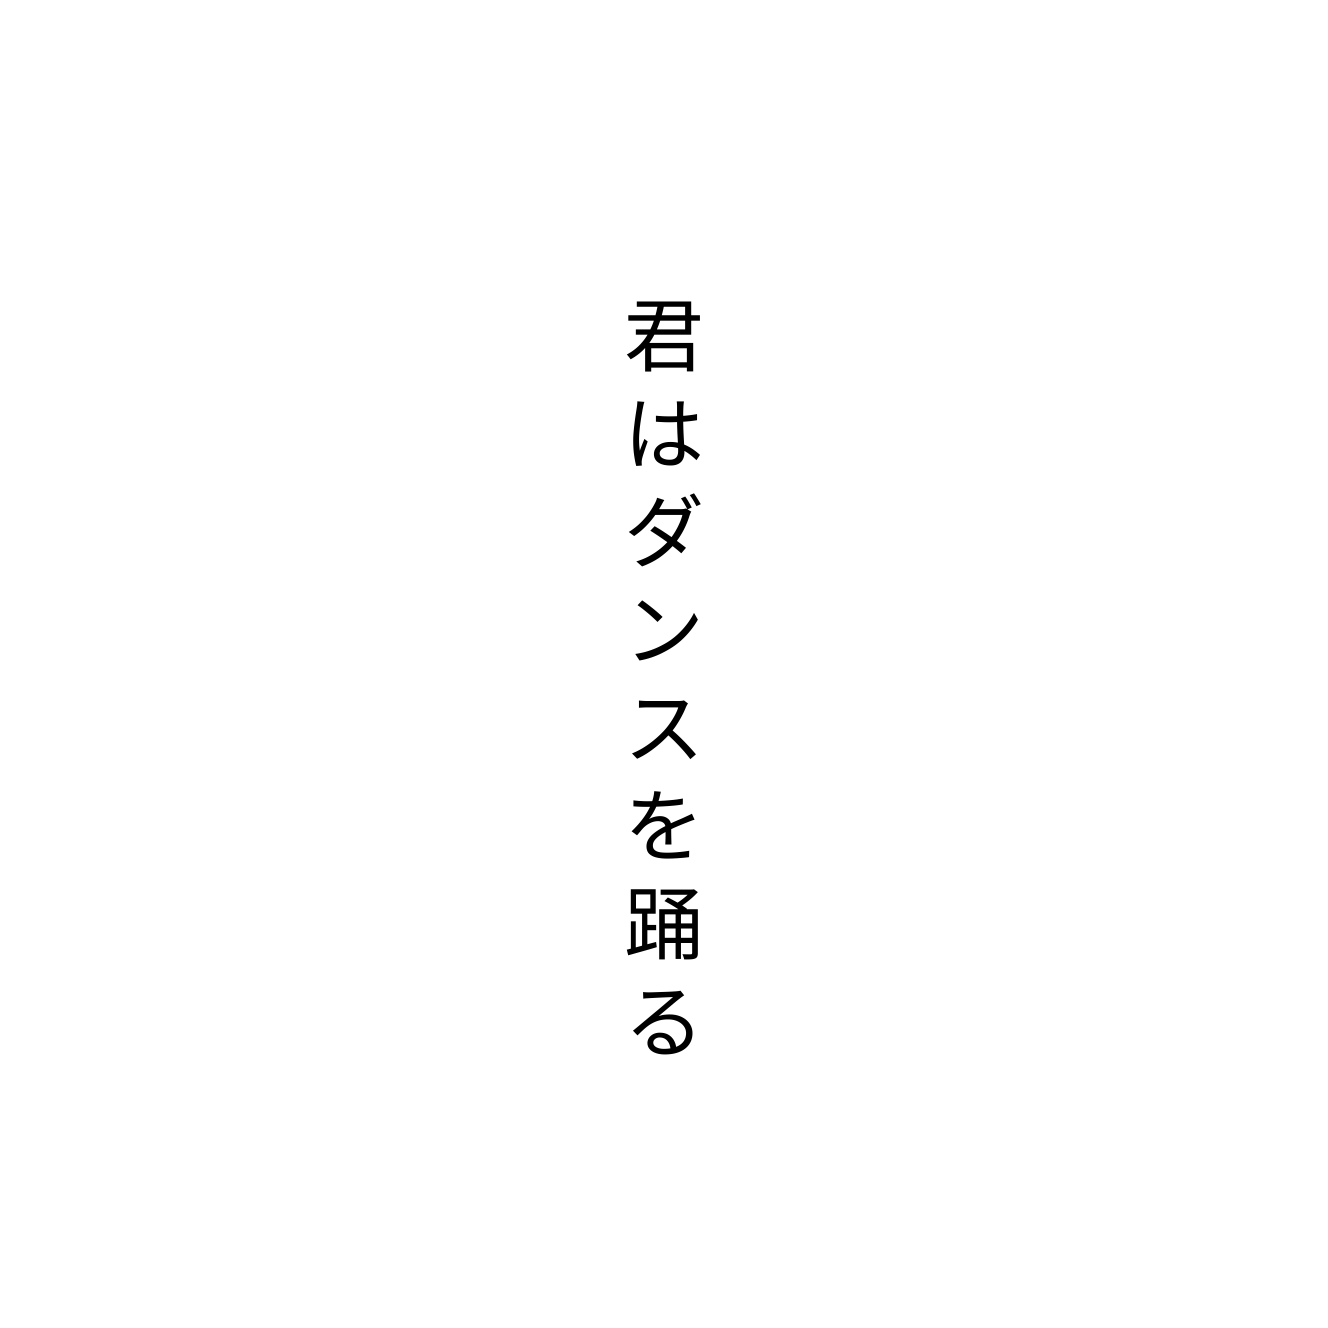
君はダンスを踊る